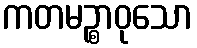
ကတမဉ္စာဝုသော